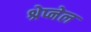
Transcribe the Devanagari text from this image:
श्रेप्नेल